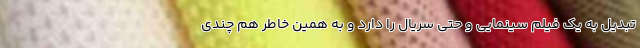
تبدیل به یک فیلم سینمایی و حتی سریال را دارد و به همین خاطر هم چندی